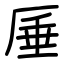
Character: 厜